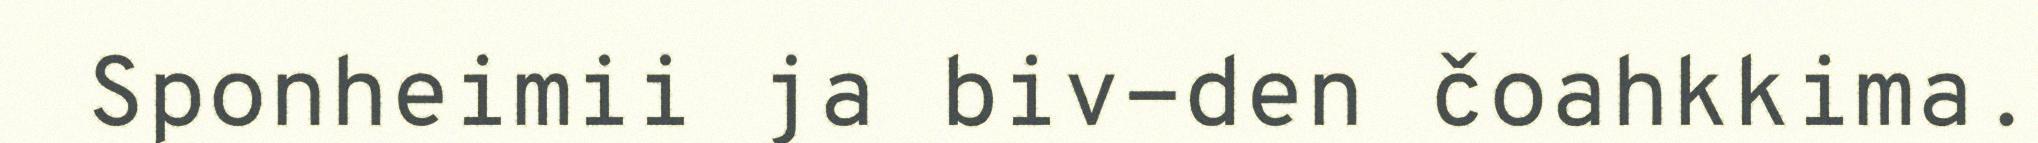
Sponheimii ja biv-den čoahkkima.